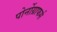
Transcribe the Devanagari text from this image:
पोर्नोग्राफर्स